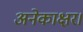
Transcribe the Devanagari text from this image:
अनेकाक्षर।